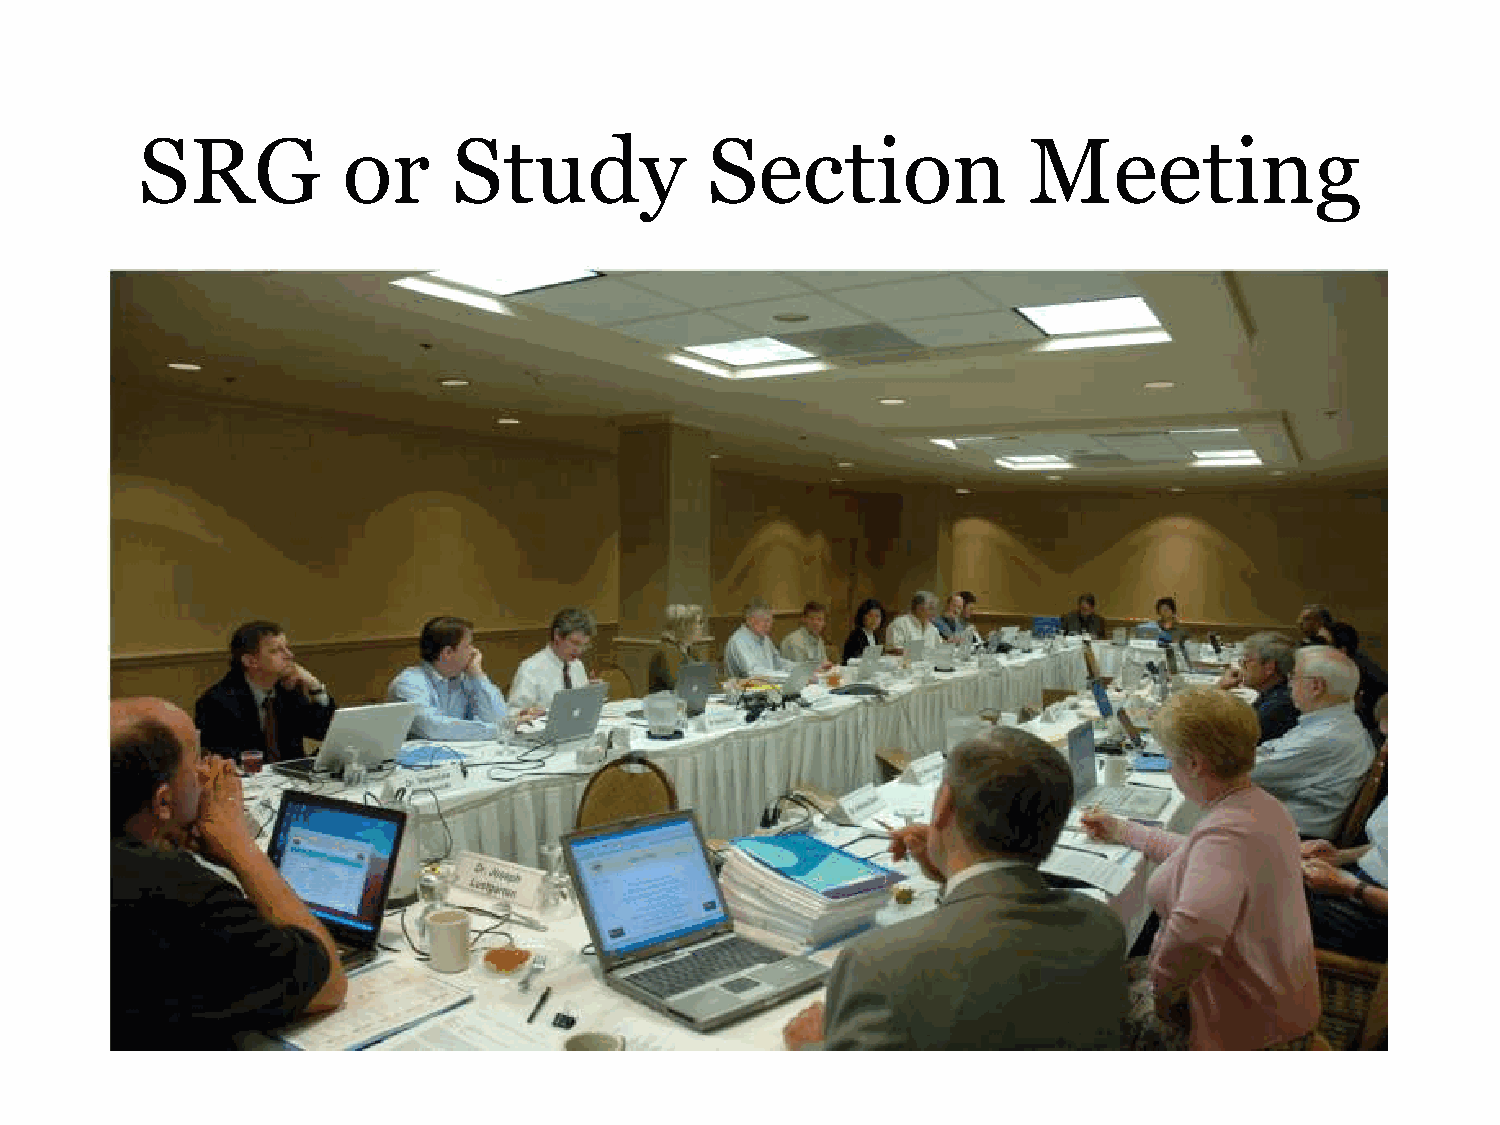
SRG           or     Study            Section              Meeting